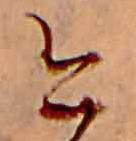
今